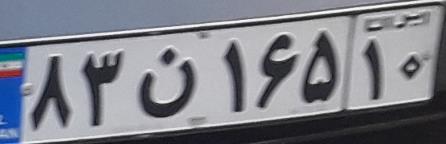
۸۳ن۱۶۵۱۰